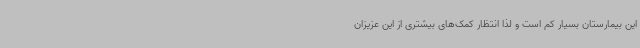
این بیمارستان بسیار کم است و لذا انتظار کمک‌های بیشتری از این عزیزان